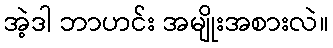
အဲ့ဒါ ဘာဟင်း အမျိုးအစားလဲ။